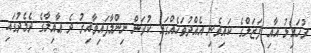
ރުހައިލު އާއި ފަޒަލްގެ ކައިވެނި އެއްދުވަހެއްގައި ކުރަން ނިންމާފައިވާއިރު ދެ ޢާއިލާގެ ދެމެދުގައި